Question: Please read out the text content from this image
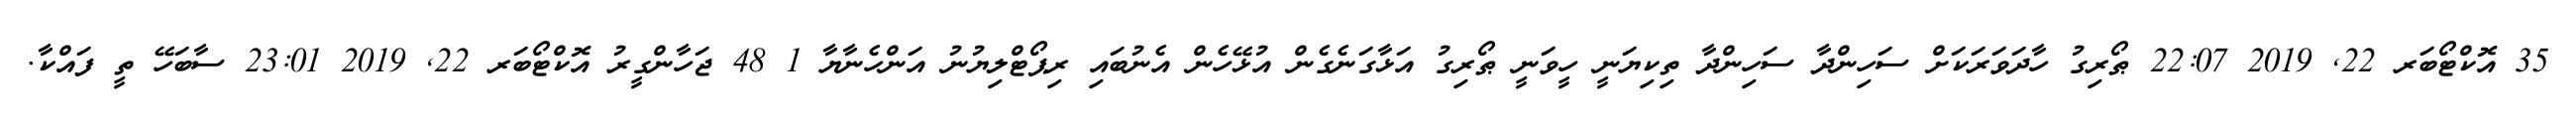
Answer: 35 އޮކްޓޯބަރ 22, 2019 22:07 ޠޯރިގު ހާދަވަރަކަށް ސަހިންދާ ސަހިންދާ ތިކިޔަނީ ހީވަނީ ޠޯރިގު އަޅާގަނެގެން އުޅޭހެން އެނުބައި ރިޕޯޓްލިޔުނު އަންހެނާޔާ 1 48 ޖަހާންގީރު އޮކްޓޯބަރ 22, 2019 23:01 ސާބަހޭ ތީ ފައްކާ.